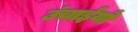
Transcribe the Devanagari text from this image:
उंचाईयों